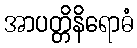
အာပတ္တိနိရောဓံ